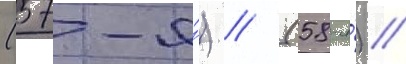
(57-я́) // (58-я́) //